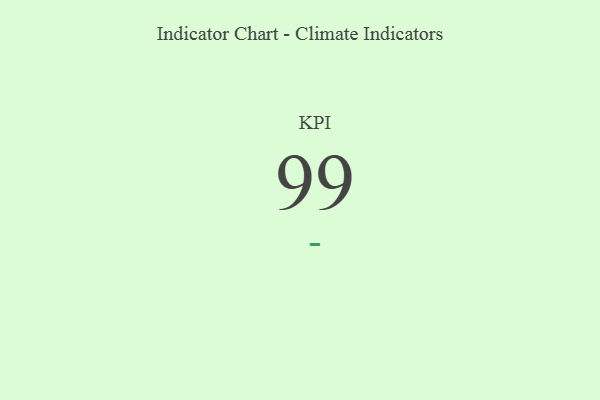
{"axis": {"x": "KPI", "y": "Value"}, "legend": [""], "data": [{"x": "KPI", "y": 99, "type": ""}]}